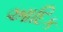
આદિક